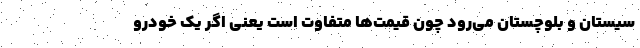
سیستان و بلوچستان می‌رود چون قیمت‌ها متفاوت است یعنی اگر یک خودرو